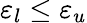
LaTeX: \varepsilon_{l}\leq\varepsilon_{u}